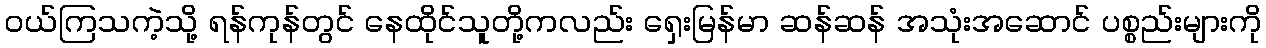
ဝယ်ကြသကဲ့သို့ ရန်ကုန်တွင် နေထိုင်သူတို့ကလည်း ရှေးမြန်မာ ဆန်ဆန် အသုံးအဆောင် ပစ္စည်းများကို